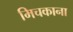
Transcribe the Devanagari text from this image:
मिचकाना